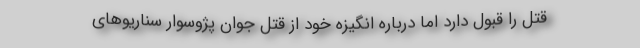
قتل را قبول دارد اما درباره انگیزه خود از قتل جوان پژوسوار سناریوهای